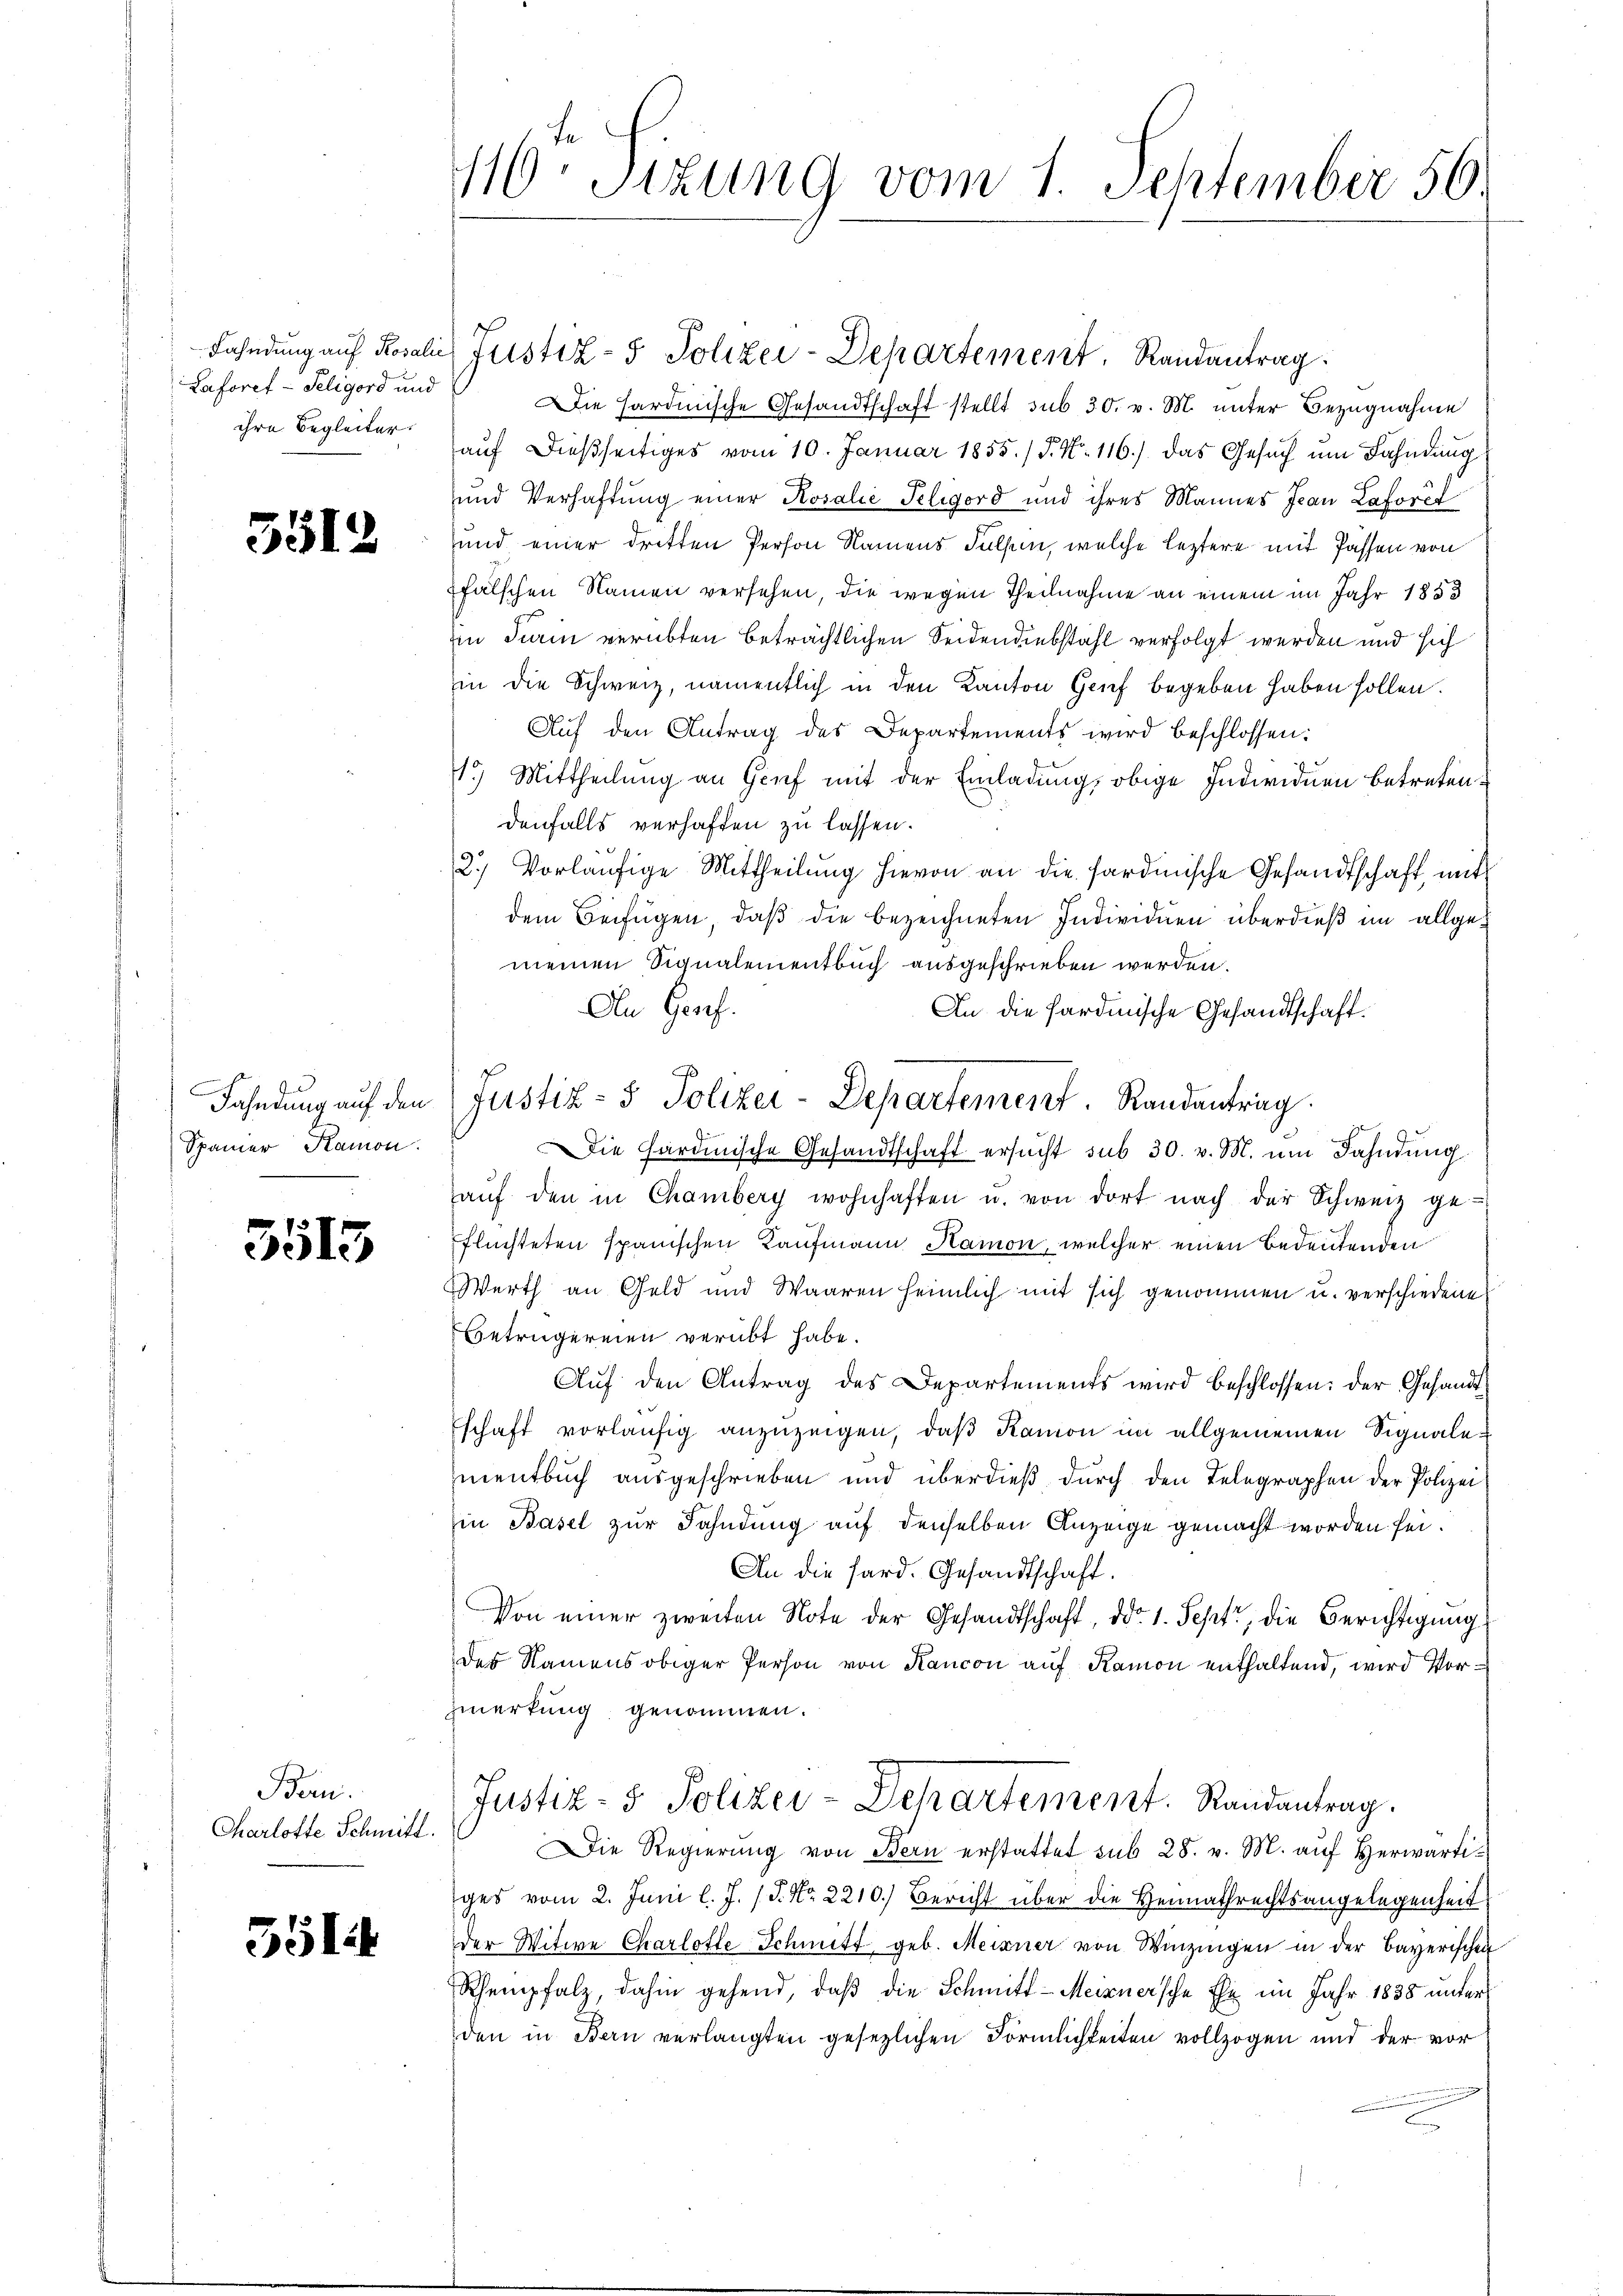
Laforet - Seligord und
ihre Begleiter.

5512

Fahndung auf den
Spamer Ramon.

3513

Bern.
Charlotte Schmitt

5514

11ten Sizung vom 1. September 56.

Fahndung auf Rosalie Justiz- & Polizei-Departement, Randantrag
ie hardinische Gesandtschaft stellt sub 30. v. M. unter Bezugnahme
auf dießseitiges vom 10. Januar 1855./ P. N. 116.) Das Gesuch um Fahndung
und Verhaftung einer Rosalić Pelmord und ihres Mannes Jean Laforet
und einer dritten Person Namens Felsen, welche leztere mit Passen von
fälschen Namen versehen, die wegen Theilnahme an einem im Jahr 1853
in Turin verübten beträchtlichen Seidendiebstahl verfolgt werden und sich
in die Schweiz, namentlich in den Kanton Grief begeben haben sollen.
Auf den Antrag des Departements wird beschlossen:
1.) Mittheilung an Grief mit der Einladung, obige Individuen betreten.
denfalls verhaften zu lassen.
2.) Vorläufige Mittheilung hievon an die fardische Gesandtschaft, mit
dem Beifügen, daß die bezeichneten Individuen überdieß im allgemeinen Signalementbuch ausgeschrieben werden.
An Genf.
An die sardinische Gesandtschaft.
Die Fardinische Gesandtschaft ersŭcht sub 30. v. M. um Fahndung
aŭf den in Chamberg wohnhaften u. von dort nach der Schweiz ge-
flüchteten spanischen Kaufmann Hamon, welcher einen Bedeutenden
Werth an Geld und Waaren heimlich mit sich genommen u. verschiedene
Betrügereien verübt habe.
Aŭf den Antrag des Departements wird beschlossen: der Gesandt
schaft vorläŭfig anzuzeigen, daβ Kamon im allgemeinen Signalenentbuch ausgeschrieben und überdieß durch den Telegraphen der Polizeiin Basel zur Fahndung auf denselben Anzeige gemacht worden sei.
An die Sard. Gesandtschaft.
Von einer zweiten Note der Gesandtschaft, ddo. 1. Sept, die Berichtigung
des Namens obiger Person von Kancon aŭf Ramon enthaltend, wird Vorzwerkung genommen.
Justiz- & Polizei-Departement. Randantrag.
Die Regierung von Bern erstattet sub 28. v. M. auf Herwärtiges vom 2. Juni l. J. P. Nr. 2210.) Bericht über die Heimathrechtsangelegenheit
der Witwe Charlotte Schmitt geb. Meixner von Winzingen in der Bayerischen
Rhempfalz, dahin gehend, daβ die Schmitt-Meixnersche Ehe im Jahr 1838 unter
den in Bern verlangten gesezlichen Förmlichkeiten vollzogen und der vor

Justiz- & Polizei-Departement. Randantrag.